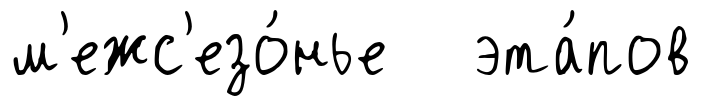
м'ежс'езо́нье эта́пов